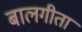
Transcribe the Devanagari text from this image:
बालगीता